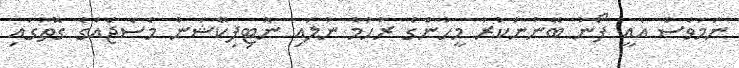
ނަމަވެސް އެއީ ފޯނު ބޭނުންކުރާ މީހުންގެ ރުހުމާ ނުލައި ނޮޓިފިކޭޝަން މެސެޖެއްގެ ގޮތުގައި